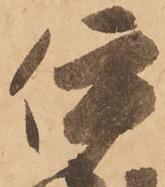
伊